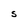
Character: S